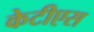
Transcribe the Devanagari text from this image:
केटीएस